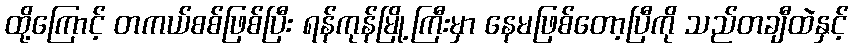
ထို့ကြောင့် တကယ်စစ်ဖြစ်ပြီး ရန်ကုန်မြို့ကြီးမှာ နေမဖြစ်တော့ပြီကို သည်တချီထဲနှင့်